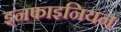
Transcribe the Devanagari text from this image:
इनफाइनियन